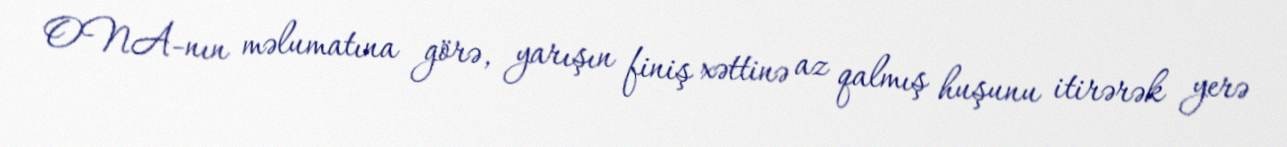
ONA-nın məlumatına görə, yarışın finiş xəttinə az qalmış huşunu itirərək yerə